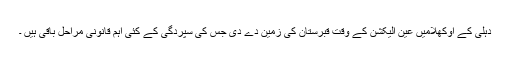
دہلی کے اوکھلامیں عین الیکشن کے وقت قبرستان کی زمین دے دی جس کی سپردگی کے کئی اہم قانونی مراحل باقی ہیں ۔